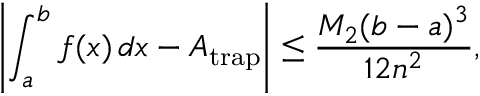
\left\vert \int _ { a } ^ { b } f ( x ) \, d x - A _ { \mathrm { t r a p } } \right\vert \leq { \frac { M _ { 2 } ( b - a ) ^ { 3 } } { 1 2 n ^ { 2 } } } ,